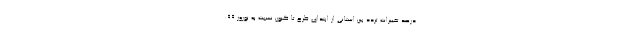
درصد تغییرات تردد بین استانی از ابتدای طرح تا کنون نسبت به نوروز ۹۹: